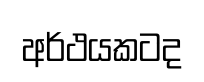
අර්ථයකටද